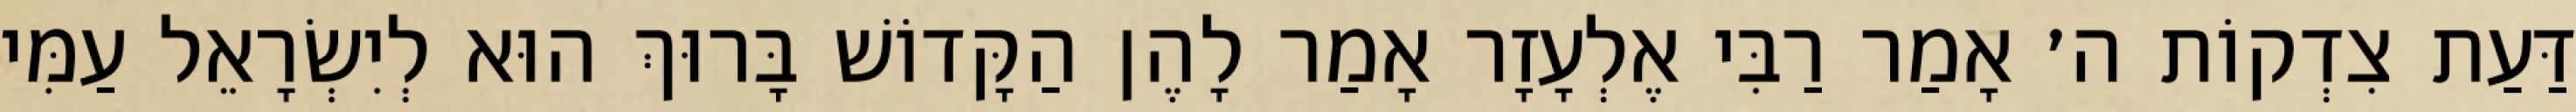
דַּעַת צִדְקוֹת ה׳ אָמַר רַבִּי אֶלְעָזָר אָמַר לָהֶן הַקָּדוֹשׁ בָּרוּךְ הוּא לְיִשְׂרָאֵל עַמִּי